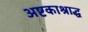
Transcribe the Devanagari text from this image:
अष्टकाश्राद्ध